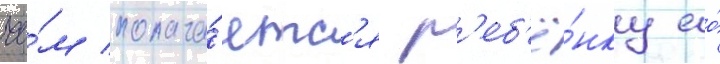
че́м полага́етс'я р'еб'ё́нку ео́